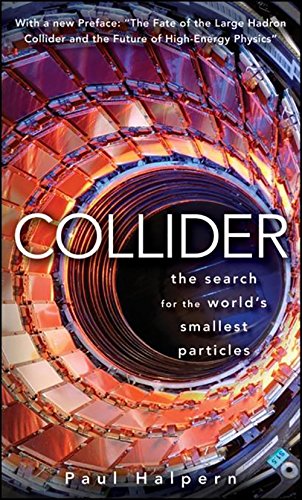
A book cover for Collider: The Search for the World's Smallest Particles; Paul Halpern; Science & Math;